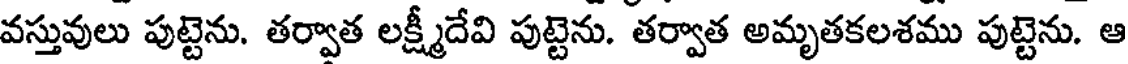
వస్తువులు పుట్టెను. తర్వాత లక్ష్మీదేవి పుట్టెను. తర్వాత అమృతకలశము పుట్టెను. ఆ